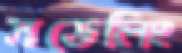
মডেলিং